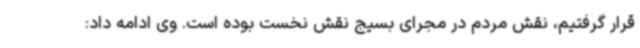
قرار گرفتیم، نقش مردم در مجرای بسیج نقش نخست بوده است. وی ادامه داد: